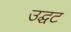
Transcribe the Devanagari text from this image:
उद्घट